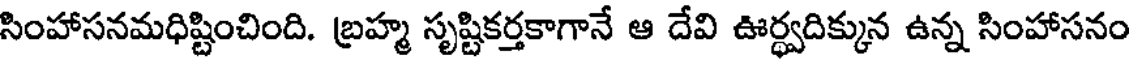
సింహాసనమధిష్టించింది. బ్రహ్మ సృష్టికర్తకాగానే ఆ దేవి ఊర్ధ్వదిక్కున ఉన్న సింహాసనం